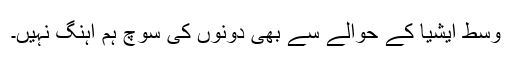
وسط ایشیا کے حوالے سے بھی دونوں کی سوچ ہم آہنگ نہیں۔